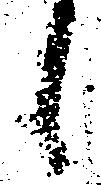
候